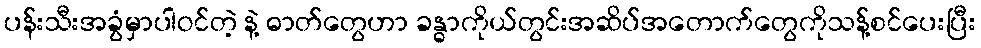
ပန်းသီးအခွံမှာပါဝင်တဲ့ နဲ့ ဓာတ်တွေဟာ ခန္ဓာကိုယ်တွင်းအဆိပ်အတောက်တွေကိုသန့်စင်ပေးပြီး